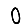
Digit: 0